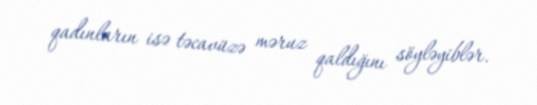
qadınların isə təcavüzə məruz qaldığını söyləyiblər.